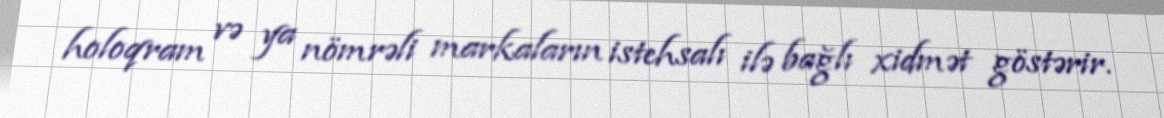
holoqram və ya nömrəli markaların istehsalı ilə bağlı xidmət göstərir.